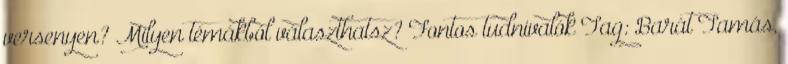
versenyen? Milyen témákból választhatsz? Fontos tudnivalók Tag: Barát Tamás,